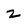
Character: 2